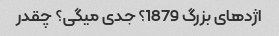
اژدهای بزرگ 1879؟ جدی میگی؟ چقدر